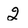
Character: 2